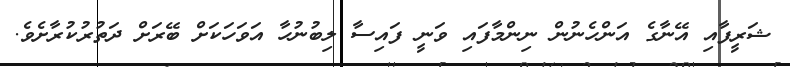
ޝަރީފާއި އޭނާގެ އަންހެނުން ނިންމާފައި ވަނީ ފައިސާ ލިބުނުހާ އަވަހަކަށް ބޭރަށް ދަތުރުކުރާށެވެ.